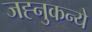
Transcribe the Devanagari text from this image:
जह्नुकन्ये